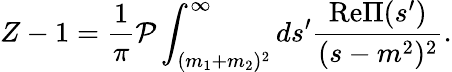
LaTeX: Z-1=\frac{1}{\pi}{\cal P}\int_{(m_{1}+m_{2})^{2}}^{\infty}ds^{\prime}\frac{\mathrm{Re}\Pi(s^{\prime})}{(s-m^{2})^{2}}.